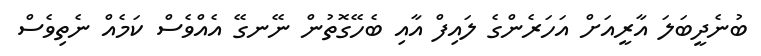
ބުނެދީބަލަ އާރީއަށް އަހަރެންގެ ލައިފް އާއި ބެހޭގޮތުން ނޭނގޭ އެއްވެސް ކަމެއް ނެތިވެސް